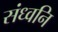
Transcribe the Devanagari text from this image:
संध्वनि